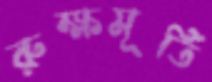
রুক্ষমূর্তি